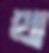
থা